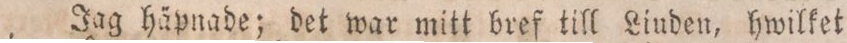
Jag häpnade; det war mitt bref till Liuden, hwilket